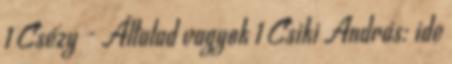
1 Csézy - Általad vagyok 1 Csiki András: ide